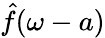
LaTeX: {\hat{f}}(\omega-a)